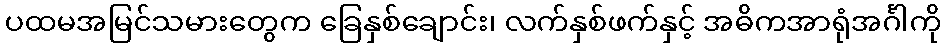
ပထမအမြင်သမားတွေက ခြေနှစ်ချောင်း၊ လက်နှစ်ဖက်နှင့် အဓိကအာရုံအင်္ဂါကို